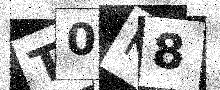
Text: T0K8